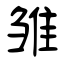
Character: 雏